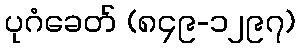
ပုဂံခေတ် (၈၄၉-၁၂၉၇)